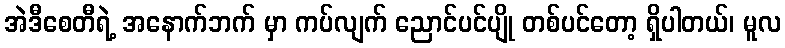
အဲဒီစေတီရဲ့ အနောက်ဘက် မှာ ကပ်လျက် ညောင်ပင်ပျို တစ်ပင်တော့ ရှိပါတယ်၊ မူလ